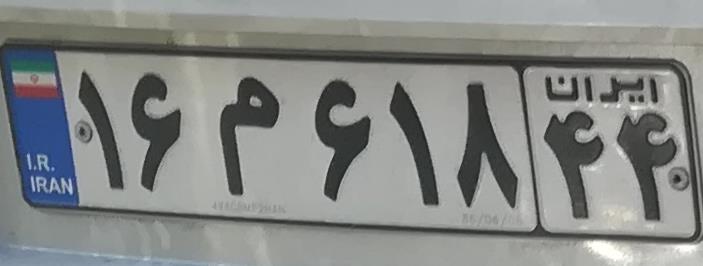
۱۶م۶۱۸۴۴